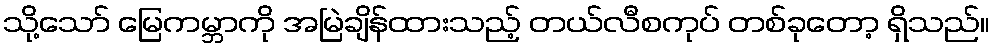
သို့သော် မြေကမ္ဘာကို အမြဲချိန်ထားသည့် တယ်လီစကုပ် တစ်ခုတော့ ရှိသည်။